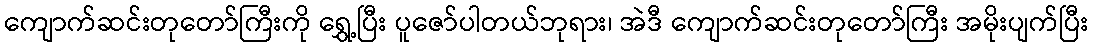
ကျောက်ဆင်းတုတော်ကြီးကို ရွှေ့ပြီး ပူဇော်ပါတယ်ဘုရား၊ အဲဒီ ကျောက်ဆင်းတုတော်ကြီး အမိုးပျက်ပြီး